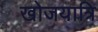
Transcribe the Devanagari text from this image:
खोजयात्रि